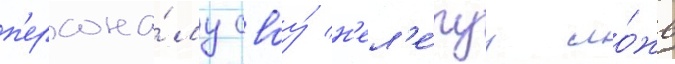
п'ерсона́лу своу́ н'ел'е́пуу ло́жь